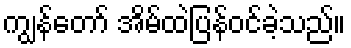
ကျွန်တော် အိမ်ထဲပြန်ဝင်ခဲ့သည်။